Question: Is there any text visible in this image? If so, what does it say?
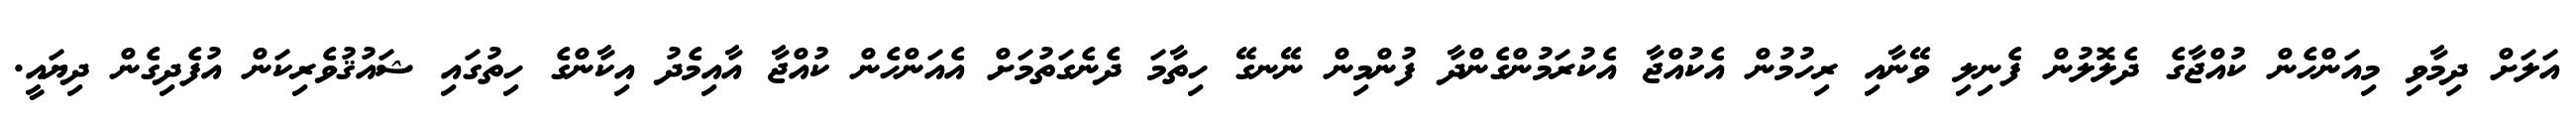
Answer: އަލަށް ދިމާވި މިއަންހެން ކުއްޖާގެ ދެލޮލުން ފެނިލި ވޭނާއި ރިހުމުން އެކުއްޖާ އެކުރަމުންގެންދާ ފުންމިން ނޭނގޭ ހިތާމަ ދެނެގަތުމަށް އެއަންހެން ކުއްޖާ އާއިމެދު އިކާންގެ ހިތުގައި ޝައުޤުވެރިކަން އުފެދިގެން ދިޔައީ.